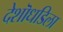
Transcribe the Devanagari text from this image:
देशॊधडिला